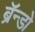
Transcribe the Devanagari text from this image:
ब्रॅन्डो